Report on the bubonic plague in Bombay, 1896-1897
Year: 1896
Disease focus: Plague
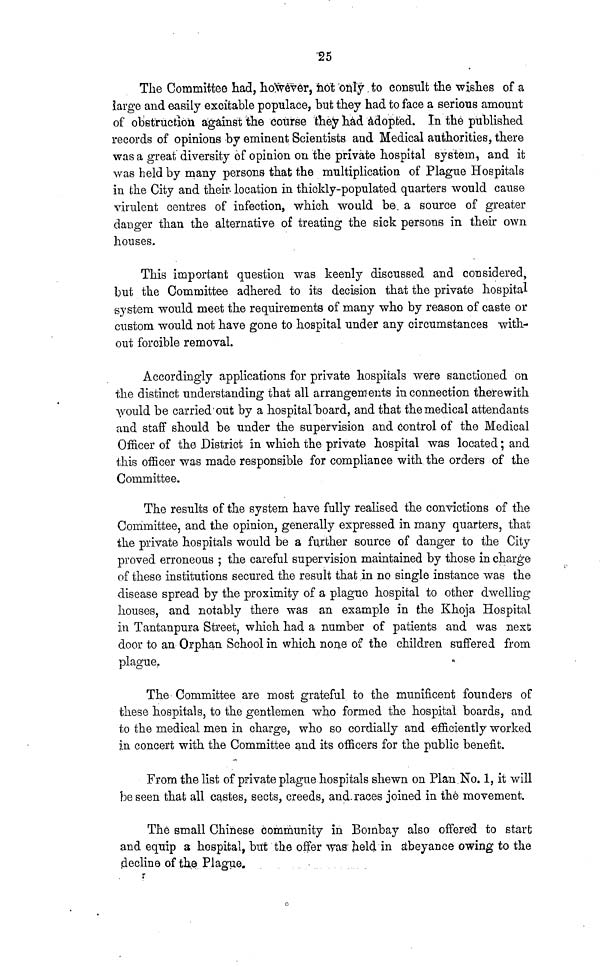
25
The Committee had, however, not only to consult the wishes of a
large and easily excitable populace, but they had to face a serious amount
of obstruction against the course they had adopted. In the published
records of opinions by eminent Scientists and Medical authorities, there
was a great diversity of opinion on the private hospital system, and it
was held by many persons that the multiplication of Plague Hospitals
in the City and their- location in thickly-populated quarters would cause
virulent centres of infection, which would be. a source of greater
danger than the alternative of treating the sick persons in their own
houses.
This important question was keenly discussed and considered,
but the Committee adhered to its decision that the private hospital
system would meet the requirements of many who by reason of caste or
custom would not have gone to hospital under any circumstances with-
out forcible removal.
Accordingly applications for private hospitals were sanctioned on
the distinct understanding that all arrangements in connection therewith
would be carried'out by a hospital "board, and that the medical attendants
and staff should be under the supervision and control of the Medical
Officer of the District in which the private hospital was located ; and
this officer was made responsible for compliance with the orders of the
Committee.
The results of the system have fully realised the convictions of the
Committee, and the opinion, generally expressed in many quarters, that
the private hospitals would be a further source of danger to the City
proved erroneous ; the careful supervision maintained by those in charge
of these institutions secured the result that in no single instance was the
disease spread by the proximity of a plague hospital to other dwelling
houses, and notably there was an example in the Khoja Hospital
in Tantanpura Street, which had a number of patients and was next
door to an Orphan School in which none of the children suffered from
plague.
The Committee are most grateful to the munificent founders of
these hospitals, to the gentlemen who formed the hospital boards, and
to the medical men in charge, who so cordially and efficiently worked
in concert with the Committee and its officers for the public benefit.
From the list of private plague hospitals shewn on Plan No. 1, it will
be seen that all castes, sects, creeds, and. races joined in thé movement.
The small Chinese community in Bombay also offered to start
and equip a hospital, but the offer was held in abeyance owing to the
¡decline of the Plague.